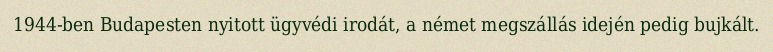
1944-ben Budapesten nyitott ügyvédi irodát, a német megszállás idején pedig bujkált.